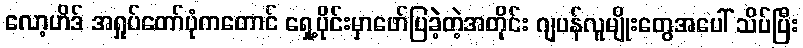
လော့ဟိဒ် အရှုပ်တော်ပုံကတောင် ရှေ့ပိုင်းမှာဖော်ပြခဲ့တဲ့အတိုင်း ဂျပန်လူမျိုးတွေအပေါ် သိပ်ပြီး